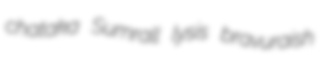
chataka Sumrall lysis bravuraish